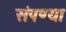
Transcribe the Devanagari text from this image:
संपण्या